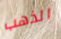
الذهب